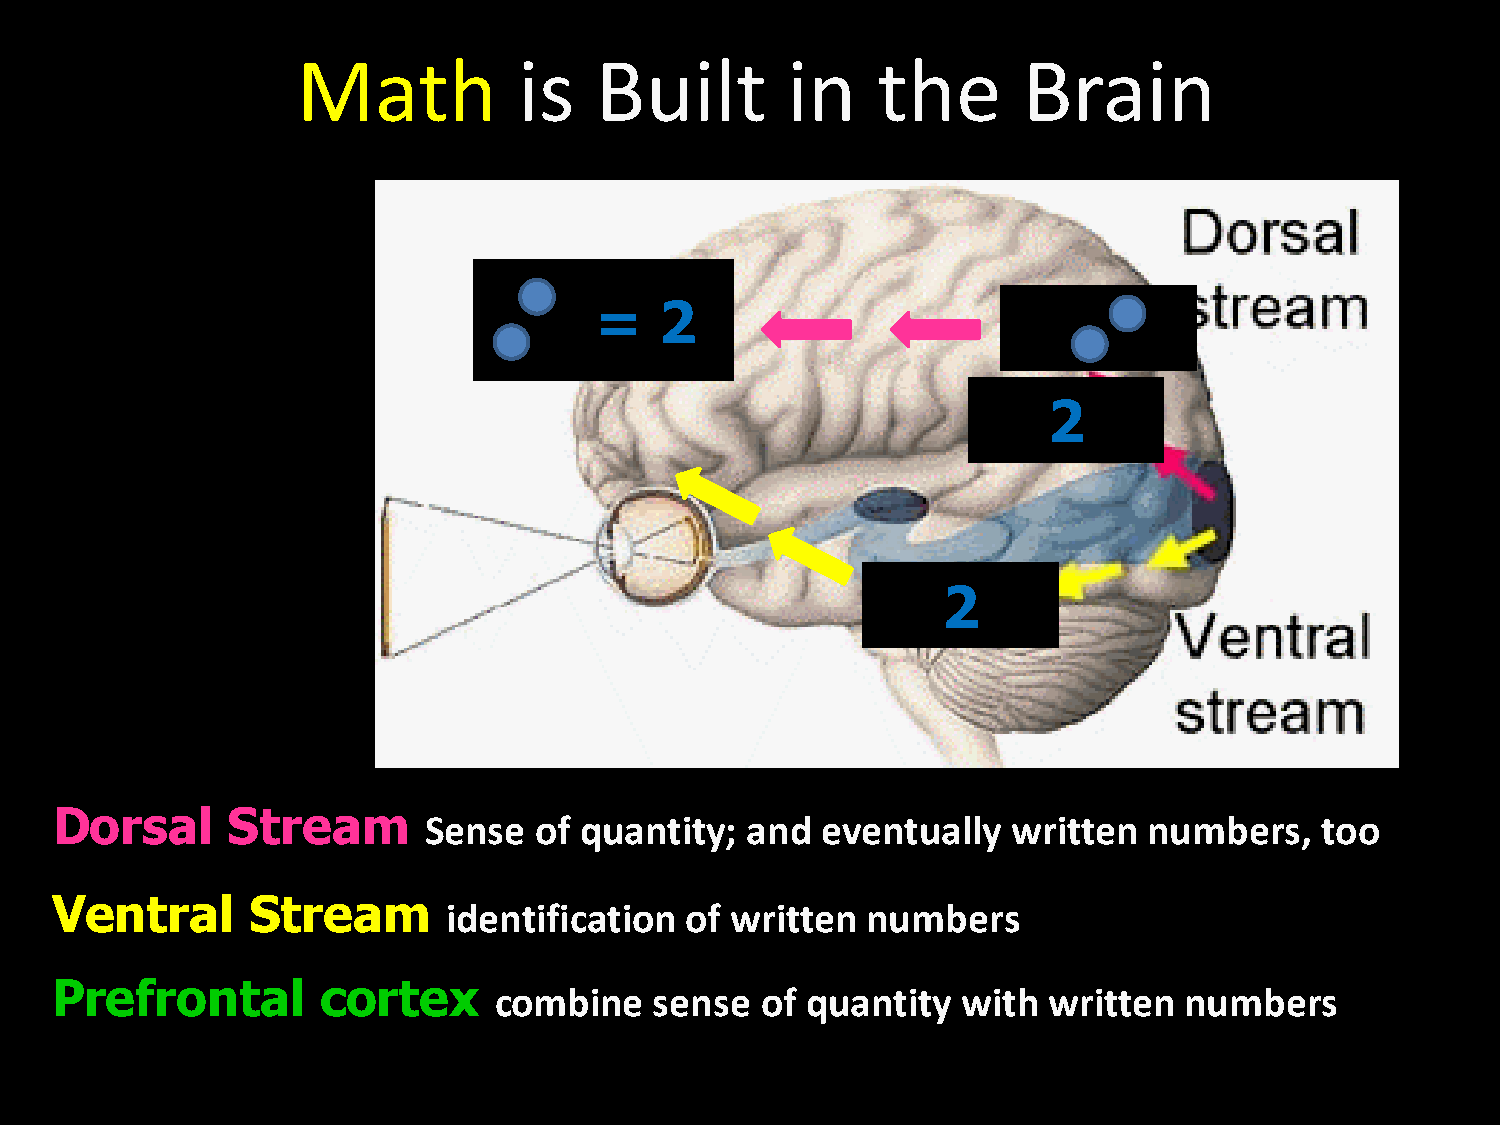
Math          is   Built        in    the       Brain
 =    2
 2
 2
 Dorsal      Stream       Sense  of quantity;  and  eventually   written  numbers,   too
 Ventral       Stream       identification of written  numbers
 Prefrontal        cortex      combine   sense  of quantity   with written  numbers